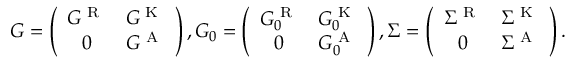
\begin{array} { r } { G = \left( \begin{array} { c c } { G ^ { \textrm { R } } } & { G ^ { \textrm { K } } } \\ { 0 } & { G ^ { \textrm { A } } } \end{array} \right) , G _ { 0 } = \left( \begin{array} { c c } { G _ { 0 } ^ { \textrm { R } } } & { G _ { 0 } ^ { \textrm { K } } } \\ { 0 } & { G _ { 0 } ^ { \textrm { A } } } \end{array} \right) , \Sigma = \left( \begin{array} { c c } { \Sigma ^ { \textrm { R } } } & { \Sigma ^ { \textrm { K } } } \\ { 0 } & { \Sigma ^ { \textrm { A } } } \end{array} \right) . } \end{array}